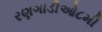
રણગાડીઓ૮મી